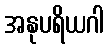
အနုပရိယဂါ